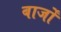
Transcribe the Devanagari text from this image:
बार्जों